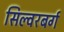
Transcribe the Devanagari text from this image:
सिल्वरबर्ग